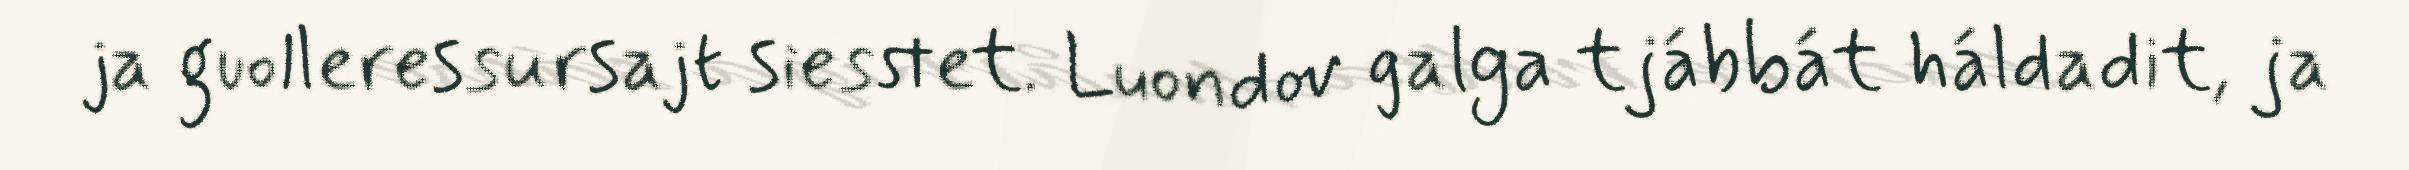
ja guolleressursajt siesstet. Luondov galga tjábbát háldadit, ja